38_143685_box_Incident_Summaries_173-233
Agency: Department of War
Page 66
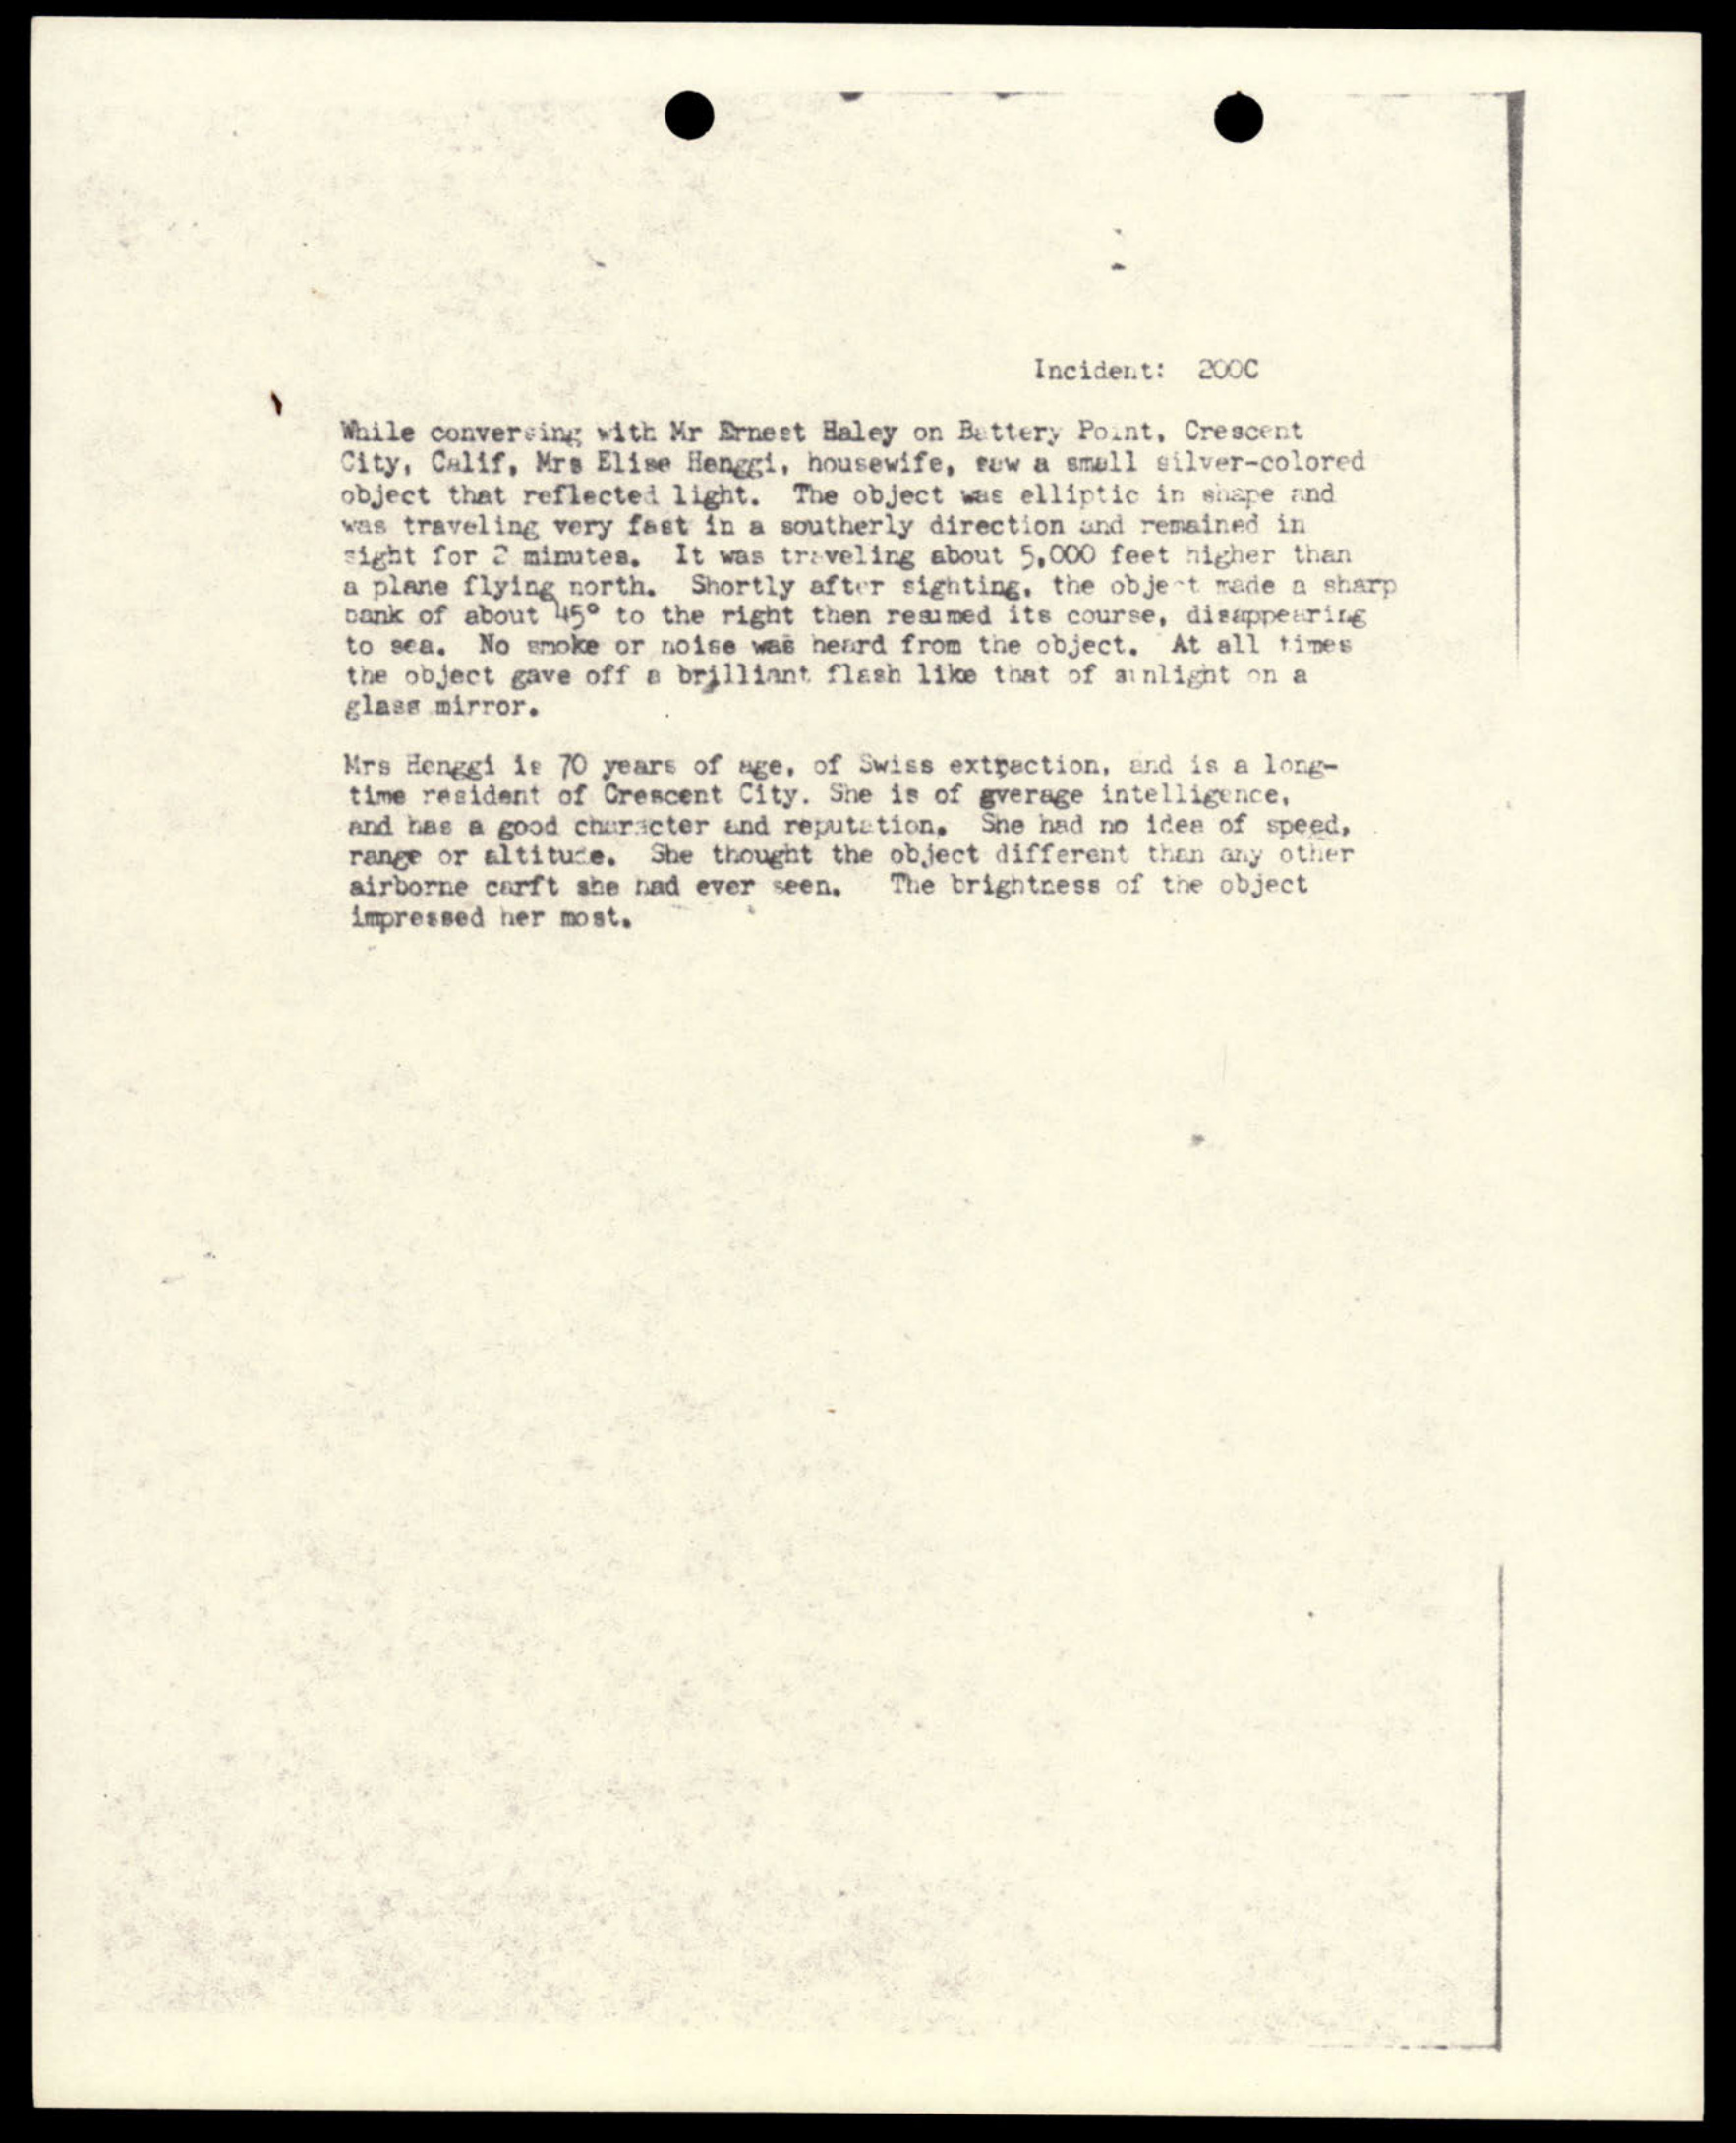